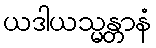
ယဒါယသ္မန္တာနံ